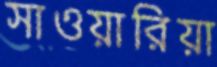
সাওয়ারিয়া